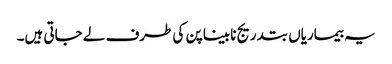
یہ بیماریاں بتدریج نابینا پن کی طرف لے جاتی ہیں۔